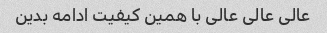
عالی عالی عالی با همین کیفیت ادامه بدین